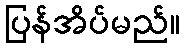
ပြန်အိပ်မည်။